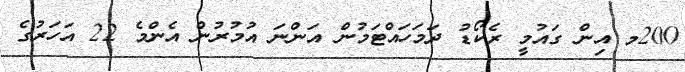
200މ އިން ގައުމީ ރެކޯޑު ދަމަހައްޓަމުން އަންނަ އުމުރުން އެންމެ 22 އަހަރުގެ